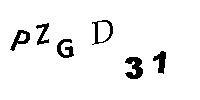
PZGD31